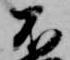
不